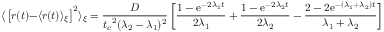
{ \langle } \left[ r ( t ) { - } \langle r ( t ) \rangle _ { \xi } \right] ^ { 2 } \rangle _ { \xi } = \frac { D } { { t _ { c } } ^ { 2 } ( \lambda _ { 2 } - \lambda _ { 1 } ) ^ { 2 } } \left[ \frac { 1 - { \mathrm { e } } ^ { - 2 { \lambda _ { 1 } } t } } { 2 { \lambda _ { 1 } } } + \frac { 1 - { \mathrm { e } } ^ { - 2 { \lambda _ { 2 } } t } } { 2 { \lambda _ { 2 } } } - \frac { 2 - 2 { \mathrm { e } } ^ { - { ( \lambda _ { 1 } + \lambda _ { 2 } ) } t } } { { \lambda _ { 1 } } + \lambda _ { 2 } } \right]